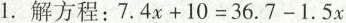
1.解方程：$$7 . 4 x + 1 0 = 3 6 . 7 - 1 . 5 x$$